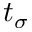
t _ { \sigma }